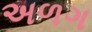
અળગ